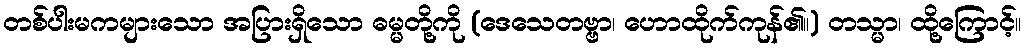
တစ်ပါးမကများသော အပြားရှိသော ဓမ္မတို့ကို (ဒေသေတဗ္ဗာ၊ ဟောထိုက်ကုန်၏။) တသ္မာ၊ ထို့ကြောင့်။